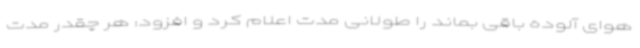
هوای آلوده باقی بماند را طولانی مدت اعلام کرد و افزود: هر چقدر مدت